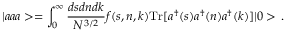
| a a a > = \int _ { 0 } ^ { \infty } \frac { d s d n d k } { N ^ { 3 / 2 } } f ( s , n , k ) \mathrm { T r } [ a ^ { \dagger } ( s ) a ^ { \dagger } ( n ) a ^ { \dagger } ( k ) ] | 0 > \, .